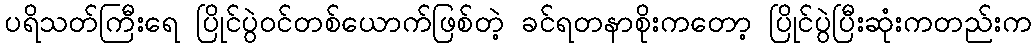
ပရိသတ်ကြီးရေ ပြိုင်ပွဲဝင်တစ်ယောက်ဖြစ်တဲ့ ခင်ရတနာစိုးကတော့ ပြိုင်ပွဲပြီးဆုံးကတည်းက